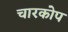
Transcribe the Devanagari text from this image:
चारकोप